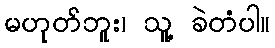
မဟုတ်ဘူး၊ သူ့ ခဲတံပါ။